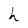
Character: h